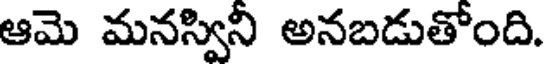
ఆమె మనస్విని అనబడుతోంది.